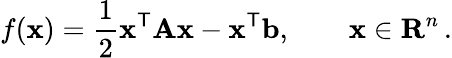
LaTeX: f(\mathbf{x})={\frac{1}{2}}\mathbf{x}^{\mathsf{T}}\mathbf{A}\mathbf{x}-\mathbf{x}^{\mathsf{T}}\mathbf{b},\qquad\mathbf{x}\in\mathbf{R}^{n}\, .